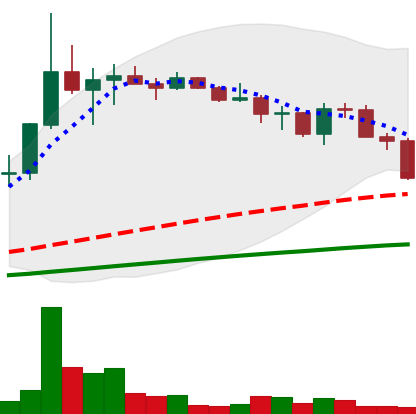
Ticker: LINK-USD
Chart end date: 2019-07-16
Forward return: 16.049%
Label: up_7plus